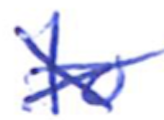
Text: to
Cross-out: cross
Writing tool: ballpoint